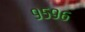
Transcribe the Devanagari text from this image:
९५९६